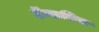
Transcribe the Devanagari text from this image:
डॅन्डरिज